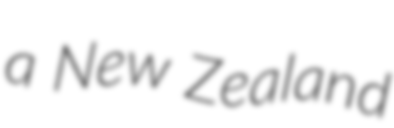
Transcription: a New Zealand